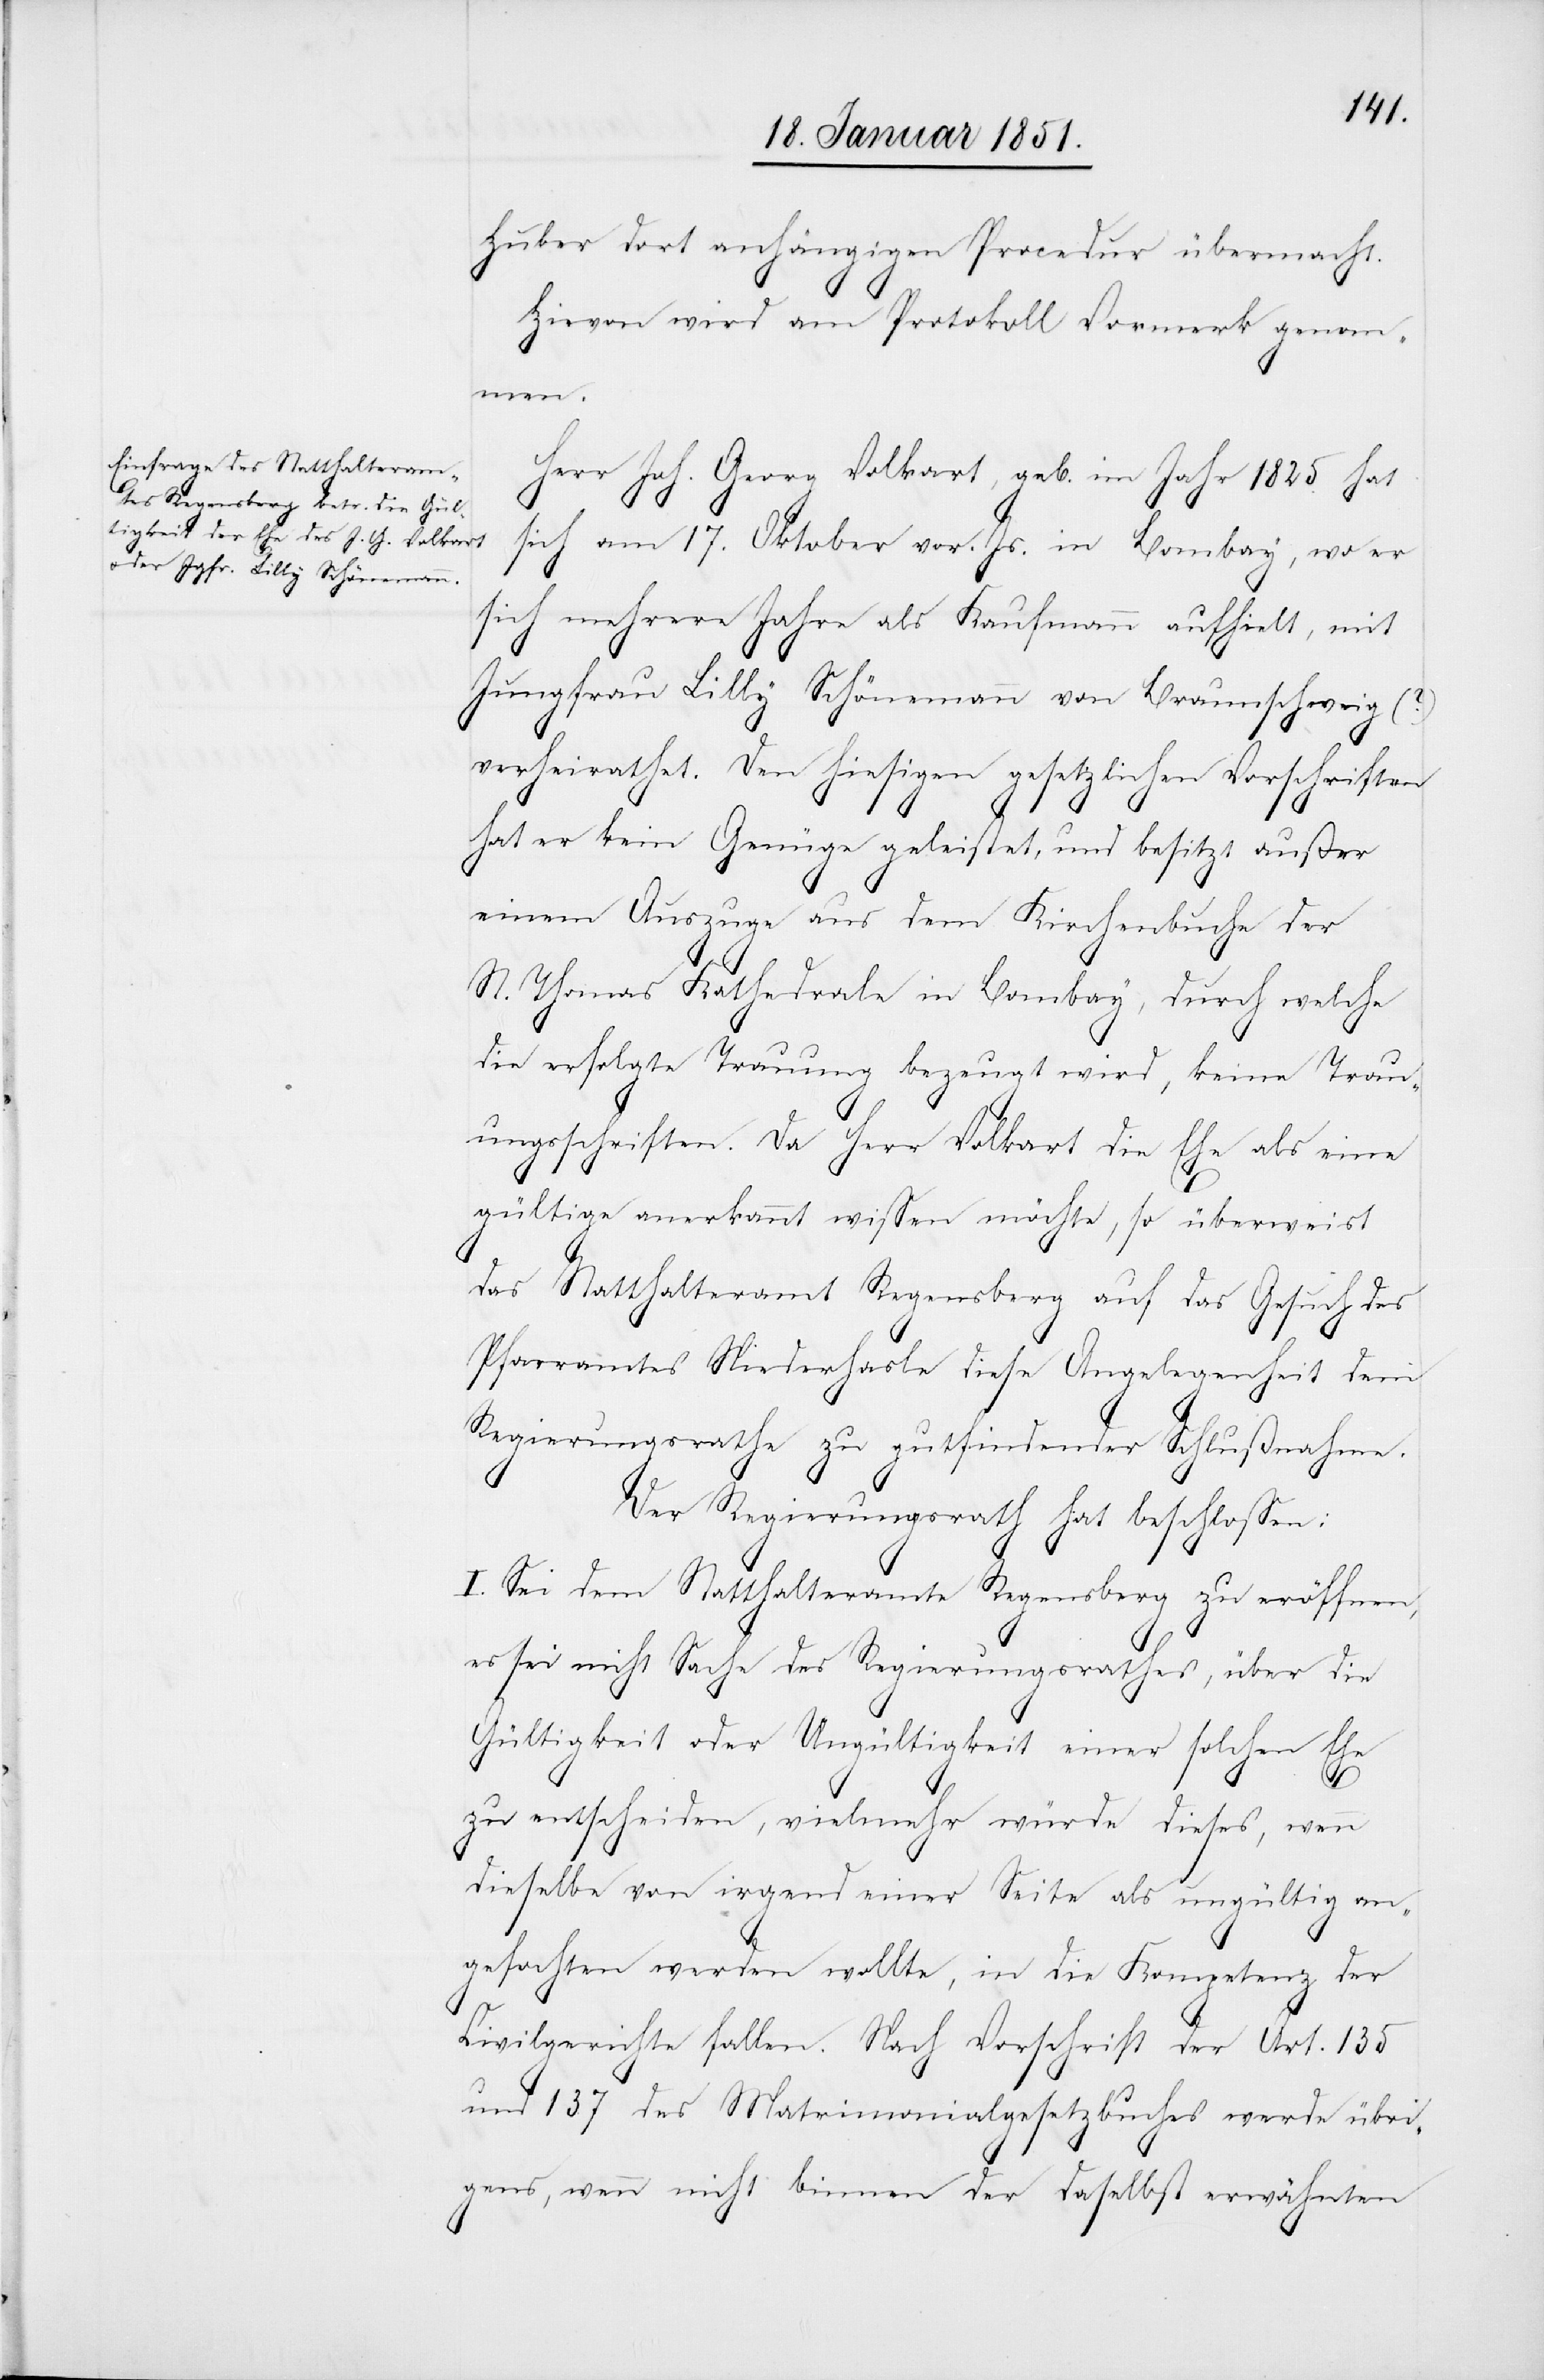
Huber dort anhängigen Procedur übermacht.
Hievon wird am Protokoll Vormerk genom¬
men.
Herr Joh. Georg Volkart, geb. im Jahr 1825 hat
sich am 17. Oktober vor. Js. in Bombay, wo er
sich mehrere Jahre als Kaufmann aufhielt, mit
Jungfrau Lilly Schönemann von Braunschweig (?)
verheirathet. Den hiesigen gesetzlichen Vorschriften
hat er kein Genüge geleistet, und besitzt außer
einem Auszuge aus dem Kirchenbuche der
St. Thomas Kathedrale in Bombay, durch welche
die erfolgte Trauung bezeugt wird, keine Trau¬
ungsschriften. Da Herr Volkart die Ehe als eine
gültige anerkannt wissen möchte, so überweist
das Statthalteramt Regensberg auf das Gesuch des
Pfarramtes Niederhasle diese Angelegenheit dem
Regierungsrathe zu gutfindender Schlußnahme.
Der Regierungsrath hat beschlossen:
I. Sei dem Statthalteramte Regensberg zu eröffnen,
es sei nicht Sache des Regierungsrathes, über die
Gültigkeit oder Ungültigkeit einer solchen Ehe
zu entscheiden, vielmehr würde dieses, wenn
dieselbe von irgend einer Seite als ungültig an¬
gefochten werden wollte, in die Kompetenz der
Civilgerichte fallen. Nach Vorschrift der Art. 135
und 137 des Matrimonialgesetzbuches werde übri¬
gens, wenn nicht binnen der daselbst erwähnten